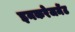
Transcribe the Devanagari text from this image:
इनकरेजमेंट